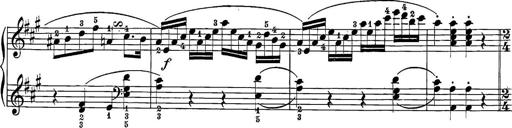
Title: 12 Sonatine per Pianoforte
Composer: Friedrich Kuhlau